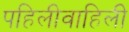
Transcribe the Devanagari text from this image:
पहिलीवाहिली